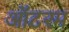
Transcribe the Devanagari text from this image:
ऑटरम